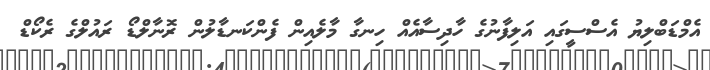
އެމްޑަބްލިޔު އެސްސީގައި އަލިފާނުގެ ހާދިސާއެއް ހިނގާ މާލެއިން ފެންކަނޑާލުން ރޮނާލްޑޯ ރައުލްގެ ރެކޯޑް